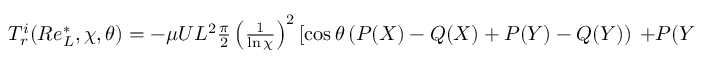
\begin{array} { r } { T _ { r } ^ { i } ( R e _ { L } ^ { * } , \chi , \theta ) = - \mu U L ^ { 2 } \frac { \pi } { 2 } \left( \frac { 1 } { \ln \chi } \right) ^ { 2 } \left[ \cos \theta \left( P ( X ) - Q ( X ) + P ( Y ) - Q ( Y ) \right) \right. \left. + P ( Y ) - P ( X ) \right] \sin \theta , } \end{array}